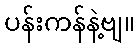
ပန်းကန်နဲ့ဗျ။